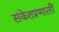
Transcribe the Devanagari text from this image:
संकेतप्रणालीं